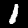
Label: 1